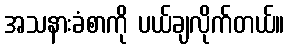
အသနားခံစာကို ပယ်ချလိုက်တယ်။